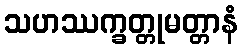
သဟဿက္ခတ္တုမတ္တာနံ